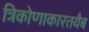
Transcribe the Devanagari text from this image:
त्रिकोणाकारतयैब